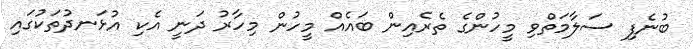
ބުނެފި ސަލާމަތްވި މީހުންގެ ތެރެއިން ބައެއް މީހުން މިހާރު ދަނީ އެކި އުޅަނދުތަކުގައި